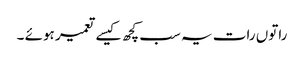
راتوں رات یہ سب کچھ کیسے تعمیر ہوئے ۔